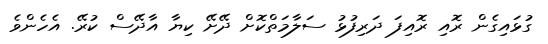
ގުޅައިގެން ރޮއި ރޮއިފަ ދަރިފުޅު ސަލާމަތްކޮށް ދޭށޭ ކިޔާ އާދޭސް ކުރޭ. އެހެންވެ